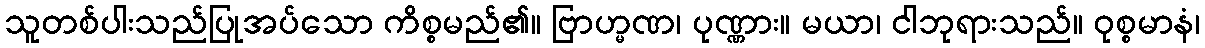
သူတစ်ပါးသည်ပြုအပ်သော ကိစ္စမည်၏။ ဗြာဟ္မဏ၊ ပုဏ္ဏား။ မယာ၊ ငါဘုရားသည်။ ဝုစ္စမာနံ၊